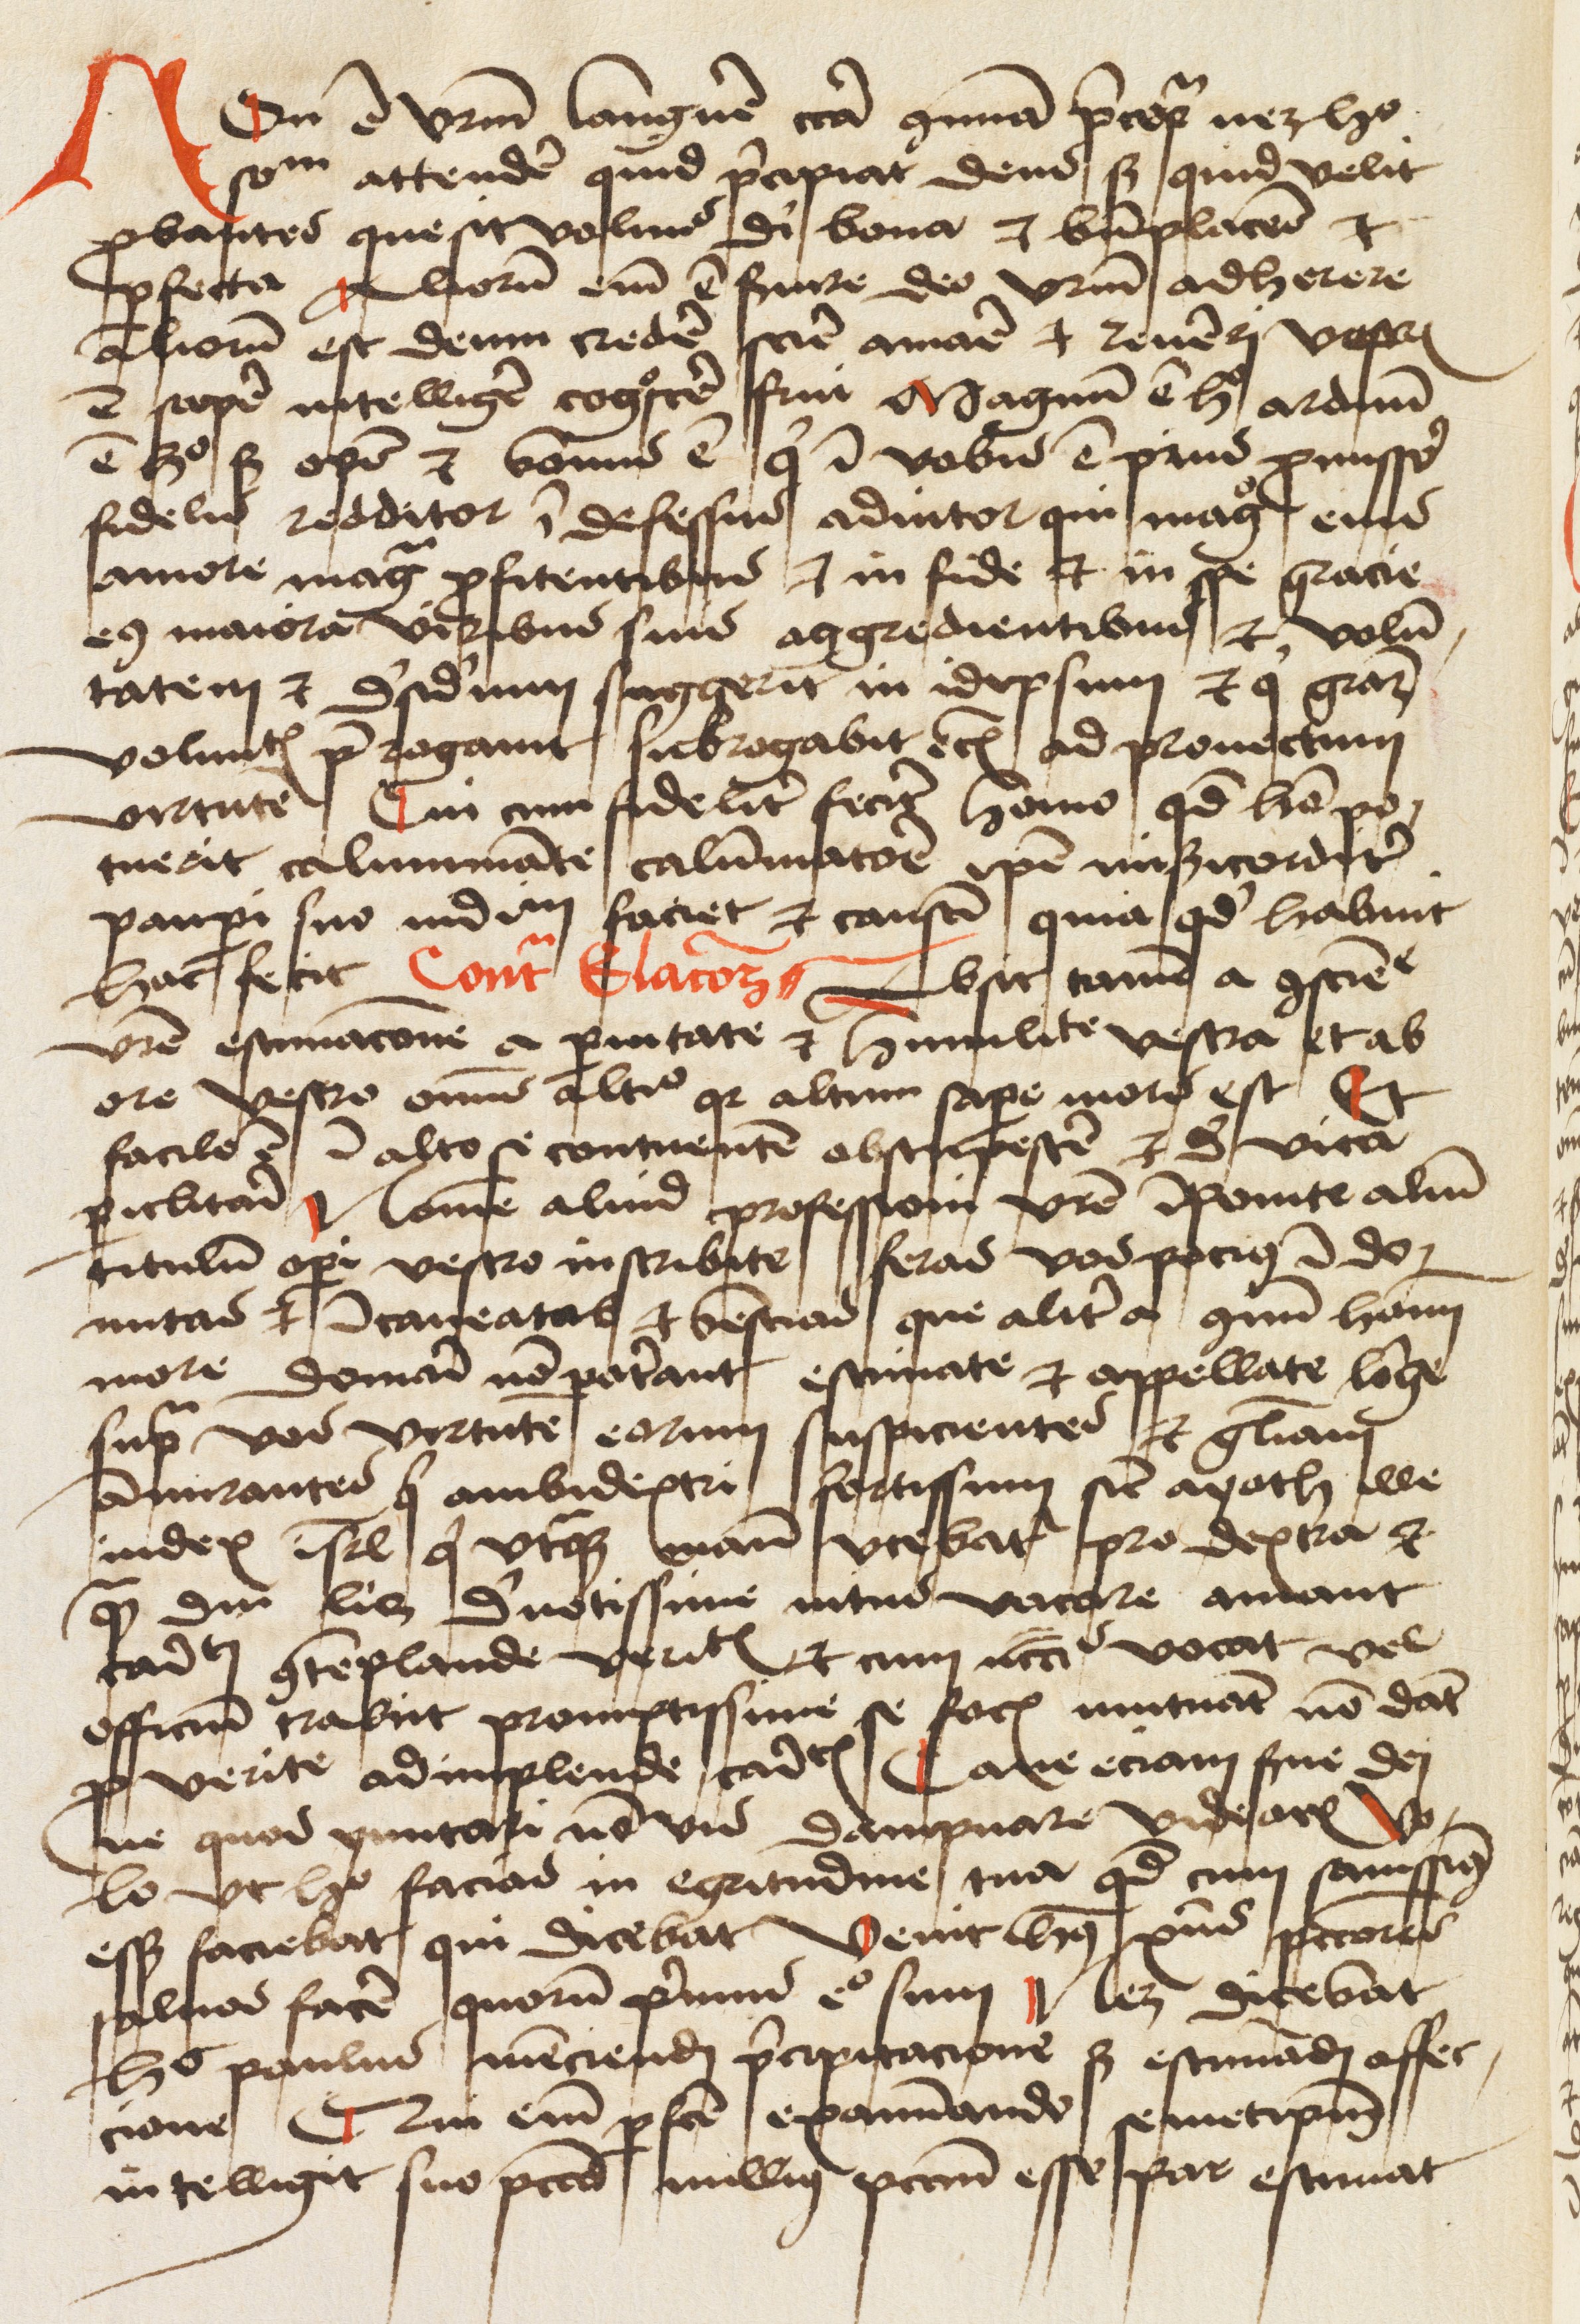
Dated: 1475–1499